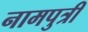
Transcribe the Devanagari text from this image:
नामपुत्री